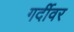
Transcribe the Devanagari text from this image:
गर्दीवर